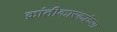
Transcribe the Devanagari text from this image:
क्रांतीकारकांच्या